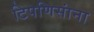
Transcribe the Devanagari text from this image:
टिपणिसांना